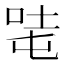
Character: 𰇦